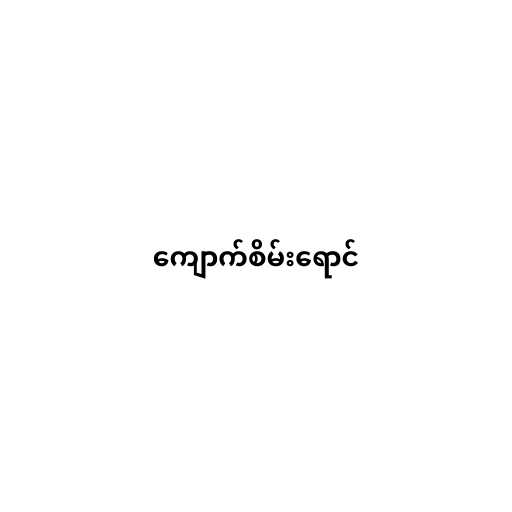
ကျောက်စိမ်းရောင်